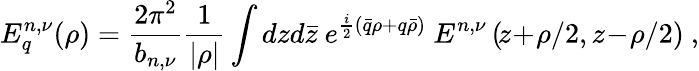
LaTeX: E_{q}^{n,\nu}(\rho)=\frac{2\pi^{2}}{b_{n,\nu}}\frac{1}{\vert\rho\vert}\int{dzd\bar{z}\ e^{\frac{i}{2}(\bar{q}\rho+q\bar{\rho})}\ E^{n,\nu}\left(\! z\! +\! \rho/2,z\! -\! \rho/2\right)}\ ,